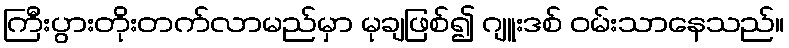
ကြီးပွားတိုးတက်လာမည်မှာ မုချဖြစ်၍ ဂျူးဒစ် ဝမ်းသာနေသည်။